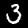
Digit: 3